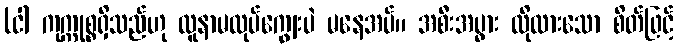
(ငါ ကုက္ကုစ္စရှိသည်ဟု လူနာမလုပ်ကျွေးပဲ မနေအပ်။ အစီးအပွား လိုလားသော စိတ်ဖြင့်